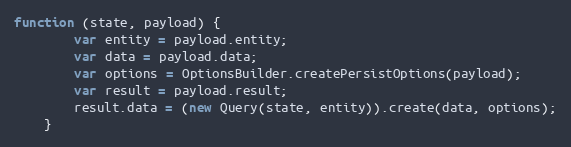
Language: JavaScript
function (state, payload) {
        var entity = payload.entity;
        var data = payload.data;
        var options = OptionsBuilder.createPersistOptions(payload);
        var result = payload.result;
        result.data = (new Query(state, entity)).create(data, options);
    }